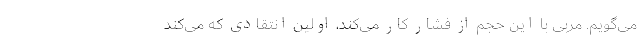
می‌گویم. مربی با این حجم از فشار کار می‌کند، اولین انتقادی که می‌کند